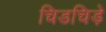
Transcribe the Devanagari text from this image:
चिडचिड़े